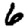
Digit: 6